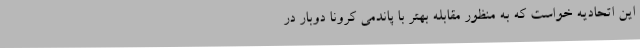
این اتحادیه خواست که به منظور مقابله بهتر با پاندمی کرونا دوبار در